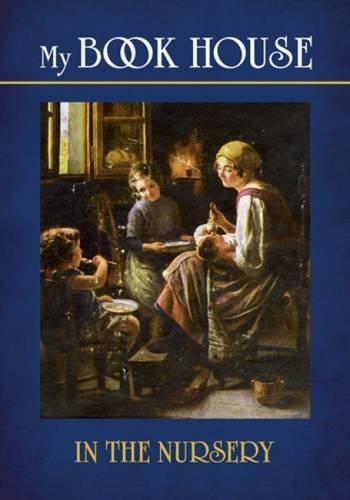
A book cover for My Bookhouse: In the Nursery, Vol. 1; Olive Beaupre Miller; Children's Books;